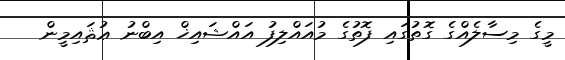
މީގެ މިސާލެއްގެ ގޮތުގައި ފޮތުގެ މުއައްލިފު އައްޝައިޚް އިބްނު ޢުޘައިމީން